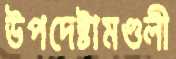
উপদেষ্টামণ্ডলী